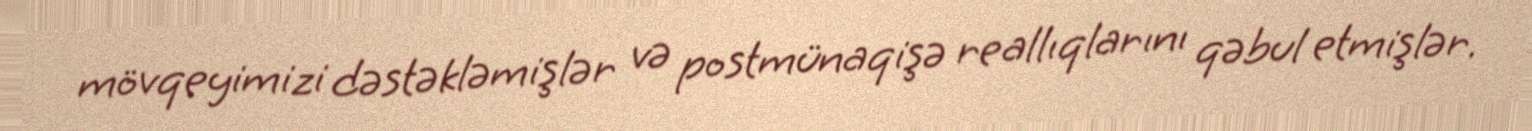
mövqeyimizi dəstəkləmişlər və postmünaqişə reallıqlarını qəbul etmişlər.